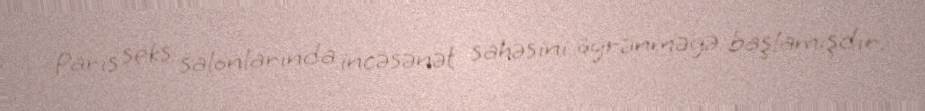
Paris seks salonlarında incəsənət sahəsini öyrənməyə başlamışdır.